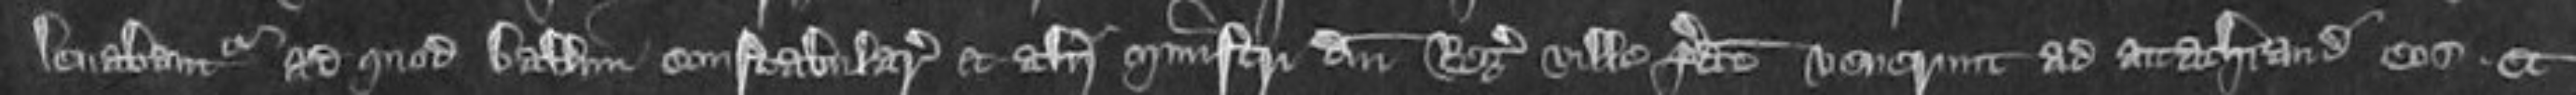
levabantur ad quod ballivici constabulare et alii ministri domini Regis ville predicte venerunt ad attachiandum eos et